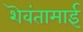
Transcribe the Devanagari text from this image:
शॆवंतामाई